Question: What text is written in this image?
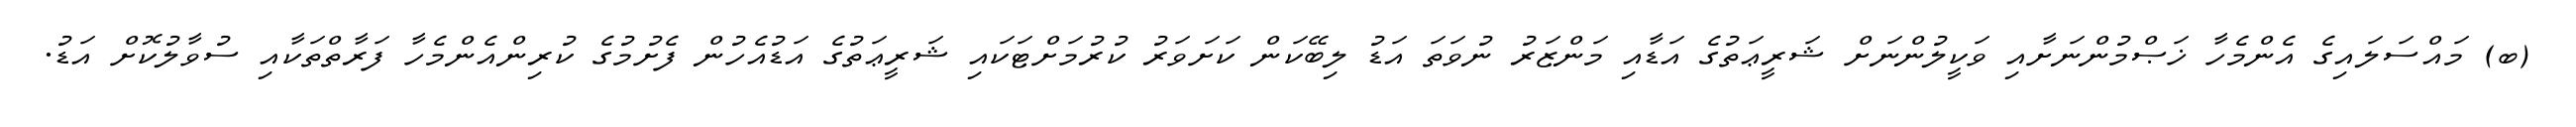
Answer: (ބ) މައްސަލައިގެ އެންމެހާ ޚަޞްމުންނަށާއި ވަކީލުންނަށް ޝަރީޢަތުގެ އަޑާއި މަންޒަރު ނުވަތަ އަޑު ލިބޭކަން ކަށަވަރު ކުރުމަށްޓަކައި ޝަރީޢަތުގެ އަޑުއެހުން ފެށުމުގެ ކުރިންއެންމެހާ ފަރާތްތަކާއި ސުވާލުކޮށް އަޑު.